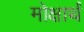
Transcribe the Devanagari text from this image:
मोक्षार्थं